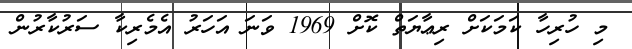
މި ހުރިހާ ކަމަކަށް ރިޢާޔަތް ކޮށް 1969 ވަނަ އަހަރު އެމެރިކާ ސަރުކާރުން